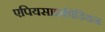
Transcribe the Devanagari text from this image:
एपियसाइकीडियन